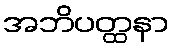
အဘိပတ္ထနာ